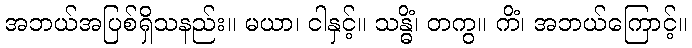
အဘယ်အပြစ်ရှိသနည်း။ မယာ၊ ငါနှင့်။ သန္ဓိံ၊ တကွ။ ကိံ၊ အဘယ်ကြောင့်။